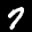
Label: 7